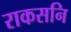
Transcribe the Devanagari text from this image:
राकसनि